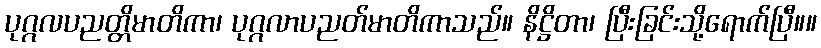
ပုဂ္ဂလပညတ္တိမာတိကာ၊ ပုဂ္ဂလာပညတ်မာတိကာသည်။ နိဋ္ဌိတာ၊ ပြီးခြင်းသို့ရောက်ပြီ။။